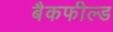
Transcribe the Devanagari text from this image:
बैकफील्ड